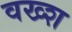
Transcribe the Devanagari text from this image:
वख्श